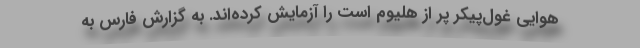
هوایی غول‌پیکر پر از هلیوم است را آزمایش کرده‌اند. به گزارش فارس به